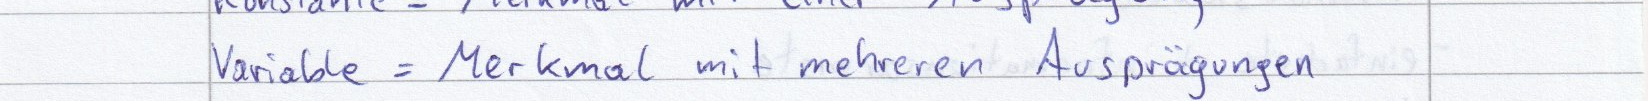
Variable = Merkmal mit mehreren Ausprägungen